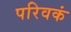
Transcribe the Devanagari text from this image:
परिवकं